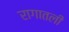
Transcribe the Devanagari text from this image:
रागातली